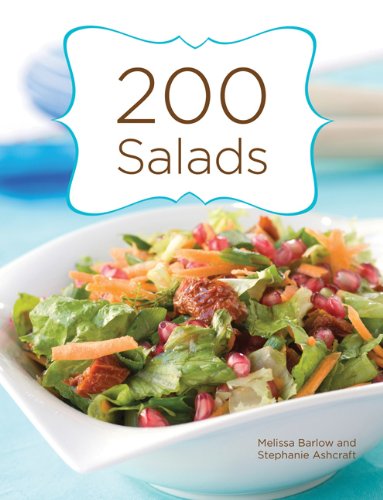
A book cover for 200 Salads; Melissa Barlow; Cookbooks, Food & Wine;